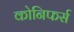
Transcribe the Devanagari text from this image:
कोनिफर्स